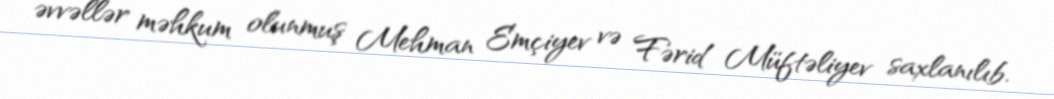
əvvəllər məhkum olunmuş Mehman Emçiyev və Fərid Müftəliyev saxlanılıb.